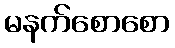
မနက်စောစော